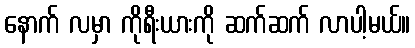
နောက် လမှာ ကိုရီးယားကို ဆက်ဆက် လာပါ့မယ်။